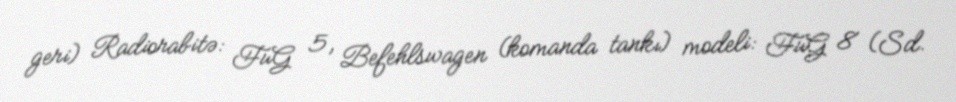
geri) Radiorabitə: FuG 5, Befehlswagen (komanda tankı) modeli: FuG 8 (Sd.